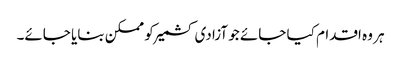
ہر وہ اقدام کیا جائے جو آزادی کشمیر کو ممکن بنایا جائے۔